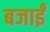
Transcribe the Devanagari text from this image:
बजाईं